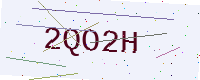
Text: 2QO2H